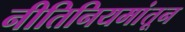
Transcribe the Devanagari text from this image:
नीतिनियमांतून